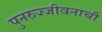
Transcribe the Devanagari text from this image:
पुनरुज्जीवनाची